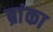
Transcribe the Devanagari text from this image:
ब्रांका